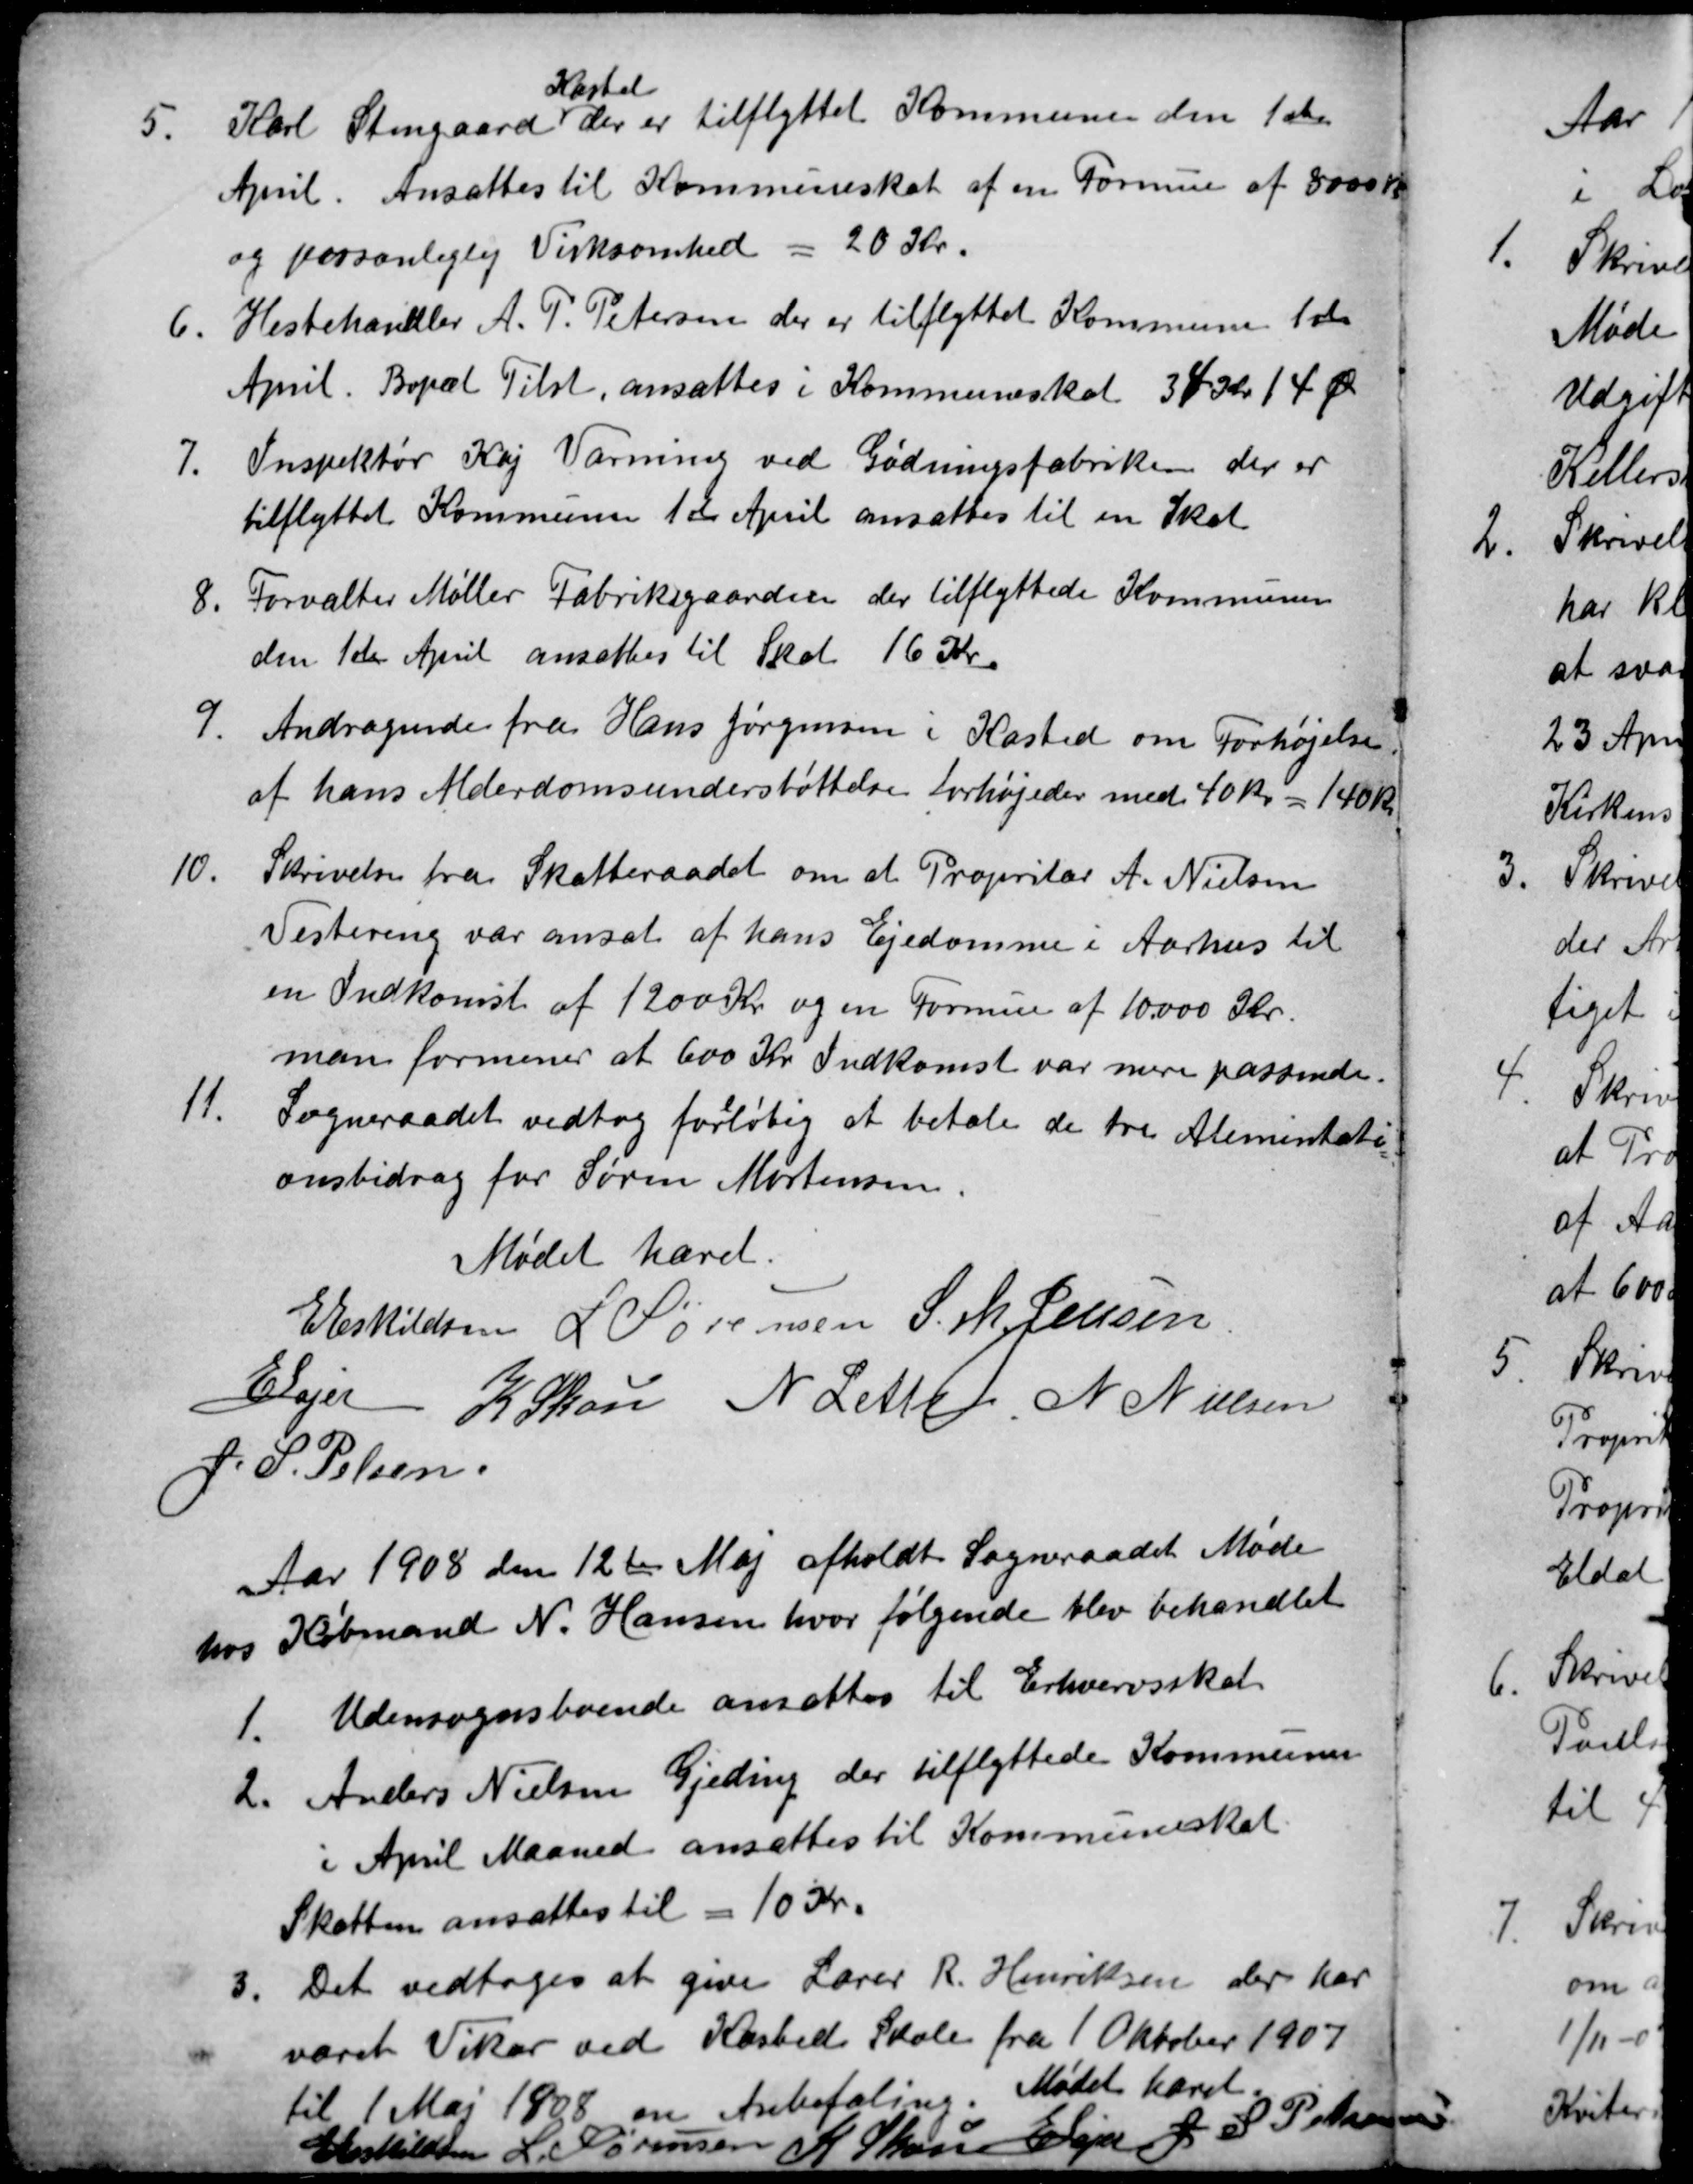
Transskription:
5.
Karl Stengaard
Kasted
der er tilflyttet Kommunen den 1ste
April. Ansattes til Kommuneskat af en Formue af 8000 Kr.
og personliglig Virksomhed = 20 Kr.
6.
Hestehandler A. P. Petersen, der er tilflyttet Kommunen 1ste
April. Bopæl Tilst, ansattes i Kommuneskat 34 Kr. 14 Ø
7.
Inspektør Kaj Varming ved Gødningsfabriken der er
tilflyttet Kommunen 1ste April ansattes til en Skat
8.
Forvalter Møller Fabriksgaarden der tilflyttede Kommunen
den 1ste April ansattes til Skat 16 Kr.
9.
Andragende fra Hans Jørgensen i Kasted om Forhøjelse
af hans Alderdomsunderstøttelse forhøjedes med 40 Kr = 140 Kr.
10.
Skrivelse fra Skatteraadet om at Propritær A. Nielsen
Vestereng var ansat af hans Ejedomme i Aarhus til
en Indkomst af 1200 Kr og en Formue af 10.000 Kr.
man formener at 600 Kr Indkomst var mere passende.
11.
Sogneraadet vedtog foreløbig

at betale de tre Alimentati
onsbidrag for Søren Mortensen.
Mødet hævet.
E Eskildsen L Sørensen S. M. Jensen
E Lajer K Skou N Leth N Nielsen
J. S. Pelsen
Aar 1908 den 12te Maj afholdt Sogneraadet Møde
hos Købmand N. Hansen, hvor følgende blev behandlet
1.
Udensognsboende ansattes til Erhvervsskat.
2
Anders Nielsen Gjeding der tilflyttede Kommunen
i April Maaned ansattes til Kommuneskat
Skatten ansattes til = 10 Kr.
3.
Det vedtoges at give Lærer R. Henriksen der har
været Vikar ved Kasted Skole fra 1 Oktober 1907
til 1 Mai 1908 en Anbefaling.
Mødet hævet.
E Eskildsen L. Sørensen K Skou E Lajer J. S. Pelsen